Leaving Certificate Examination (including Day School Certificate (Higher) General paper), 1938
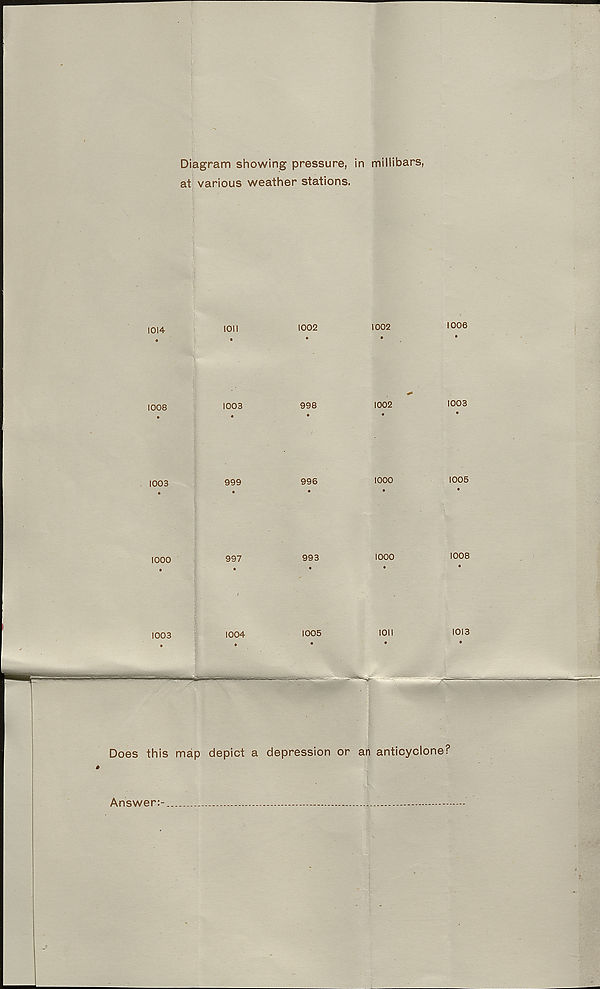
Diagram showing pressure, in millibars,
at various weather stations,
1014
1011
1002
1002
1006
Does this map depict a depression or an anticyclone?
Answer:-
-
-
-
-